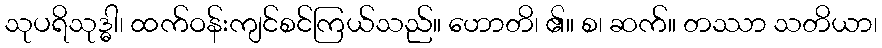
သုပရိသုဒ္ဓါ၊ ထက်ဝန်းကျင်စင်ကြယ်သည်။ ဟောတိ၊ ၏။ စ၊ ဆက်။ တဿာ သတိယာ၊